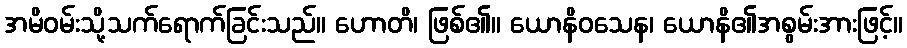
အမိဝမ်းသို့သက်ရောက်ခြင်းသည်။ ဟောတိ၊ ဖြစ်၏။ ယောနိဝသေန၊ ယောနိ၏အစွမ်းအားဖြင့်။